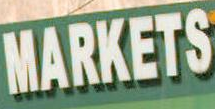
MARKETS